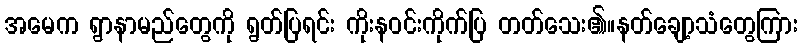
အမေက ရွာနာမည်တွေကို ရွတ်ပြရင်း ကိုးနဝင်းကိုက်ပြ တတ်သေး၏။နတ်ချော့သံတွေကြား